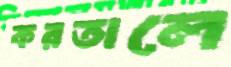
করতালে